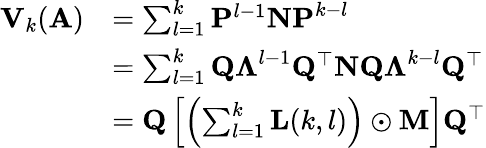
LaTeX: \begin{array}{rl}{\mathbf{V}_{k}(\mathbf{A})}&{=\sum_{l=1}^{k}\mathbf{P}^{l-1}\mathbf{NP}^{k-l}}\\ &{=\sum_{l=1}^{k}\mathbf{Q\Lambda}^{l-1}\mathbf{Q}^{\top}\mathbf{NQ\Lambda}^{k-l}\mathbf{Q}^{\top}}\\ &{=\mathbf{Q}\left[\left(\sum_{l=1}^{k}\mathbf{L}(k,l)\right)\odot\mathbf{M}\right]\mathbf{Q}^{\top}}\end{array}